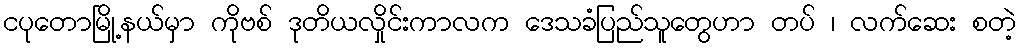
ငပုတောမြို့နယ်မှာ ကိုဗစ် ဒုတိယလှိုင်းကာလက ဒေသခံပြည်သူတွေဟာ တပ် ၊ လက်ဆေး စတဲ့